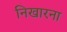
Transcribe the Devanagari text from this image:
निखारना